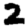
Digit: 2